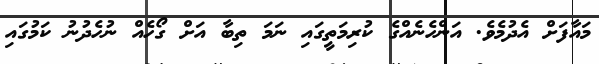
މައާފަށް އެދުމެވެ. އަންހެނެއްގެ ކުރިމަތީގައި ނަމަ ތިބާ އަށް ގޯހެއް ނުހެދުނު ކަމުގައި